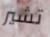
تشير